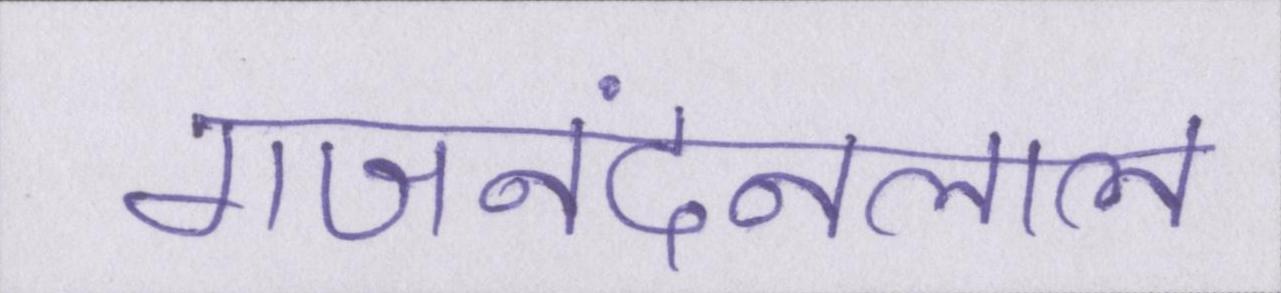
गजनंदनलाल